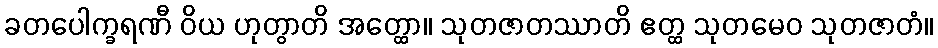
ခတပေါက္ခရဏီ ဝိယ ဟုတွာတိ အတ္ထော။ သုတဇာတဿာတိ ဧတ္ထ သုတမေဝ သုတဇာတံ။